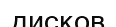
дисков